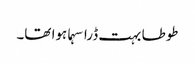
طوطا بہت ڈرا سہما ہوا تھا۔